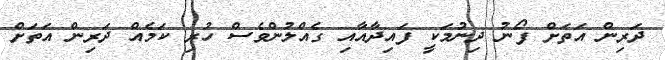
ދަރިން އަތަށް ފޯނު ދިނުމަކީ ފައިދާއާއި ގެއްލުންވެސް ހުރި ކަމެއް ދަރިން އަތަށް